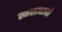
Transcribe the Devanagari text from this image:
स्मसाधानो